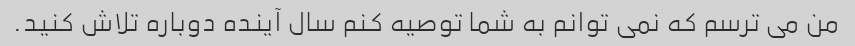
من می ترسم که نمی توانم به شما توصیه کنم سال آینده دوباره تلاش کنید.